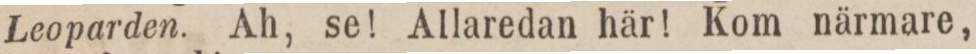
Leoparden. Ah, se! Allaredan här! Kom närmare,